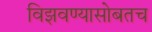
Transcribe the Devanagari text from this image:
विझवण्यासोबतच